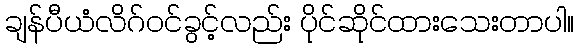
ချန်ပီယံလိဂ်ဝင်ခွင့်လည်း ပိုင်ဆိုင်ထားသေးတာပါ။